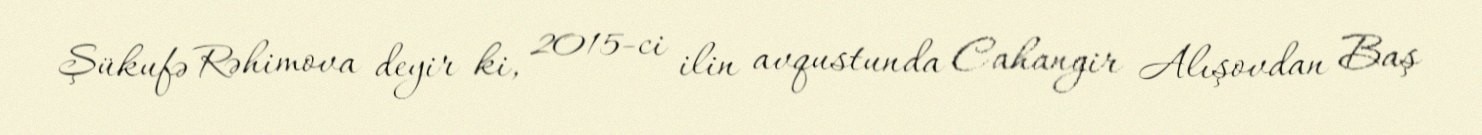
Şükufə Rəhimova deyir ki, 2015-ci ilin avqustunda Cahangir Alışovdan Baş